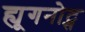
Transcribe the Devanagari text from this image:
ह्यूगनोट्स